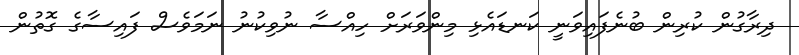
ދިރާގުން ކުރިން ބުނެފައިވަނީ ކަނޑައެޅި މިންވަރަށް ހިއްސާ ނުވިކުނު ނަމަވެސް ފައިސާގެ ގޮތުން